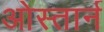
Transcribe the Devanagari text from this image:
ओस्तार्न